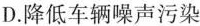
D.降低车辆噪声污染